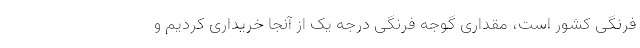
فرنگی کشور است، مقداری گوجه فرنگی درجه یک از آنجا خریداری کردیم و